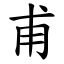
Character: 甫